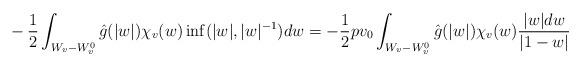
LaTeX: \begin{align*}&-\frac12\int_{W_v-W_v^0}\hat{g}(|w|)\chi_v(w)\inf(|w|,|w|^{-1})dw=-\frac12pv_0\int_{W_v-W_v^0}\hat{g}(|w|)\chi_v(w)\frac{|w|dw}{|1-w|}\end{align*}